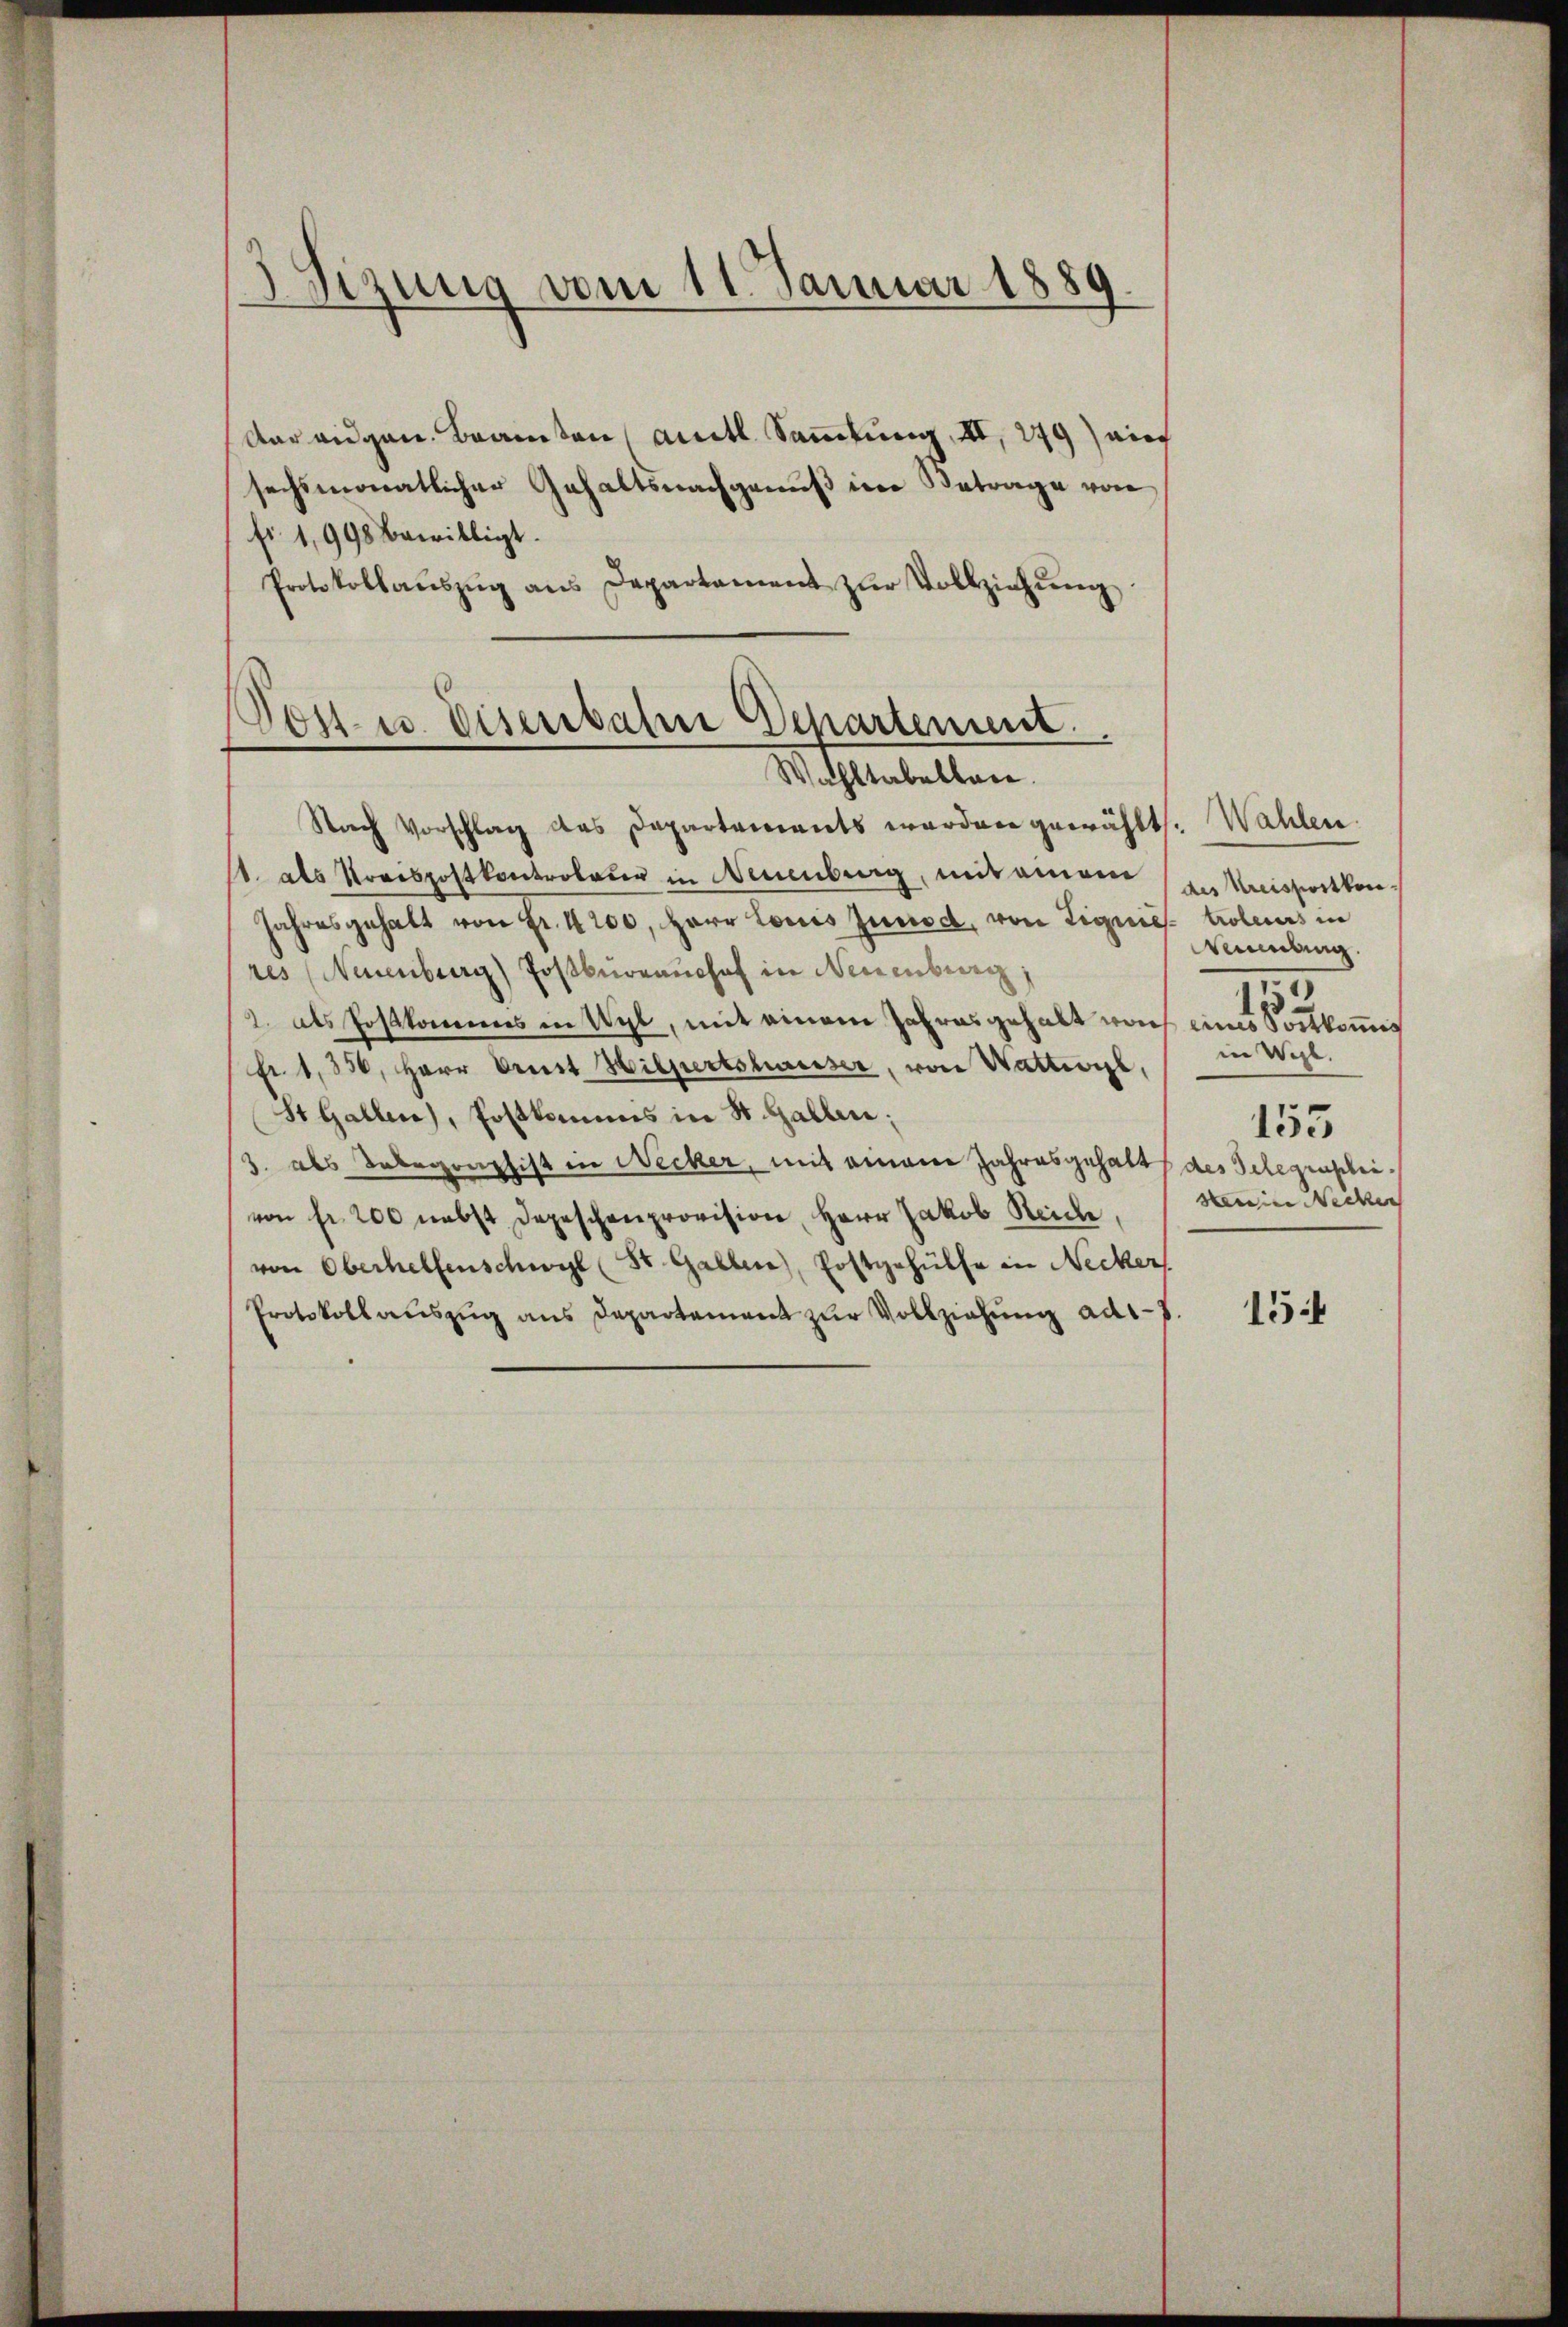
Sizung vom 11. Januar 1889.
.

Aar eidgen. Branten amtl. Sammlung, II, 279) auf
sechsmonatlicher Gehaltsnachgenuß im Betrage von
fr 1,998 bewilligt.
Protokollaŭszŭg ans Departament zŭr Vollziehŭng.

Post- u. Disenbahne Departement.
Wahltabellane.

Nach Vorschlag des Departements wordere gewählt.
st. als Preispostkontroller in Neuenburg, mit einem an Maistritten¬
Jahresgehalt von Fr. 4200, Herr Louis Junsch, von Liquis troleurs in
res (Neuenburg) Postbüreaushof in Neuenburg,
2. als Postkommes in Wyl, mit einem Jahres gehalt noch eines Sortkomis
fr. 1,356, Herr Dreit Hilpertshausser, von Wattwyl,
St. Gallen, Postkommis in St. Gallen;
3. als Telegraphist in Necker, mit einem Jahresgehalts des Telegenscheivon fr. 200 nebst Depeschenprovision, Herr Jakob Reiche
von Oberhelfenschwyl (St. Gallen, Erstgehülfe in Necker
Protokollauszug aus Departement zur Vollziehung ad1-1

Wahlen.
umbung.
in Wyhl.
155
Hereine Necken |

79

154